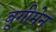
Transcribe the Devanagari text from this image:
बूगीमेन